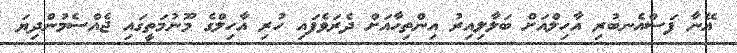
އޭނާ ފަސްއެނބުރި އާހިލްއަށް ބަލާލިއިރު އިންތިހާއަށް ދެރަވެފައި ހުރި އާހިލްގެ މޫނުމަތީގައި ޖެއްސެމުންދިޔަ